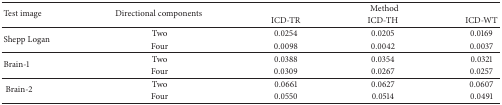
<table><thead><tr><td rowspan="2"><b>Test image </b></td><td rowspan="2"><b>Directional components </b></td><td colspan="3"><b> Method </b></td></tr><tr><td><b> ICD-TR </b></td><td><b> ICD-TH </b></td><td><b> ICD-WT </b></td></tr></thead><tbody><tr><td rowspan="2">Shepp Logan </td><td> Two </td><td> 0.0254 </td><td> 0.0205 </td><td> 0.0169 </td></tr><tr><td> Four </td><td> 0.0098 </td><td> 0.0042 </td><td> 0.0037 </td></tr><tr><td rowspan="2">Brain-1 </td><td> Two </td><td> 0.0388 </td><td> 0.0354 </td><td> 0.0321 </td></tr><tr><td> Four </td><td> 0.0309 </td><td> 0.0267 </td><td> 0.0257 </td></tr><tr><td rowspan="2"> Brain-2 </td><td> Two </td><td> 0.0661 </td><td> 0.0627 </td><td> 0.0607 </td></tr><tr><td> Four </td><td> 0.0550 </td><td> 0.0514 </td><td> 0.0491 </td></tr></tbody></table>